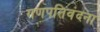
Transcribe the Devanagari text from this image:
गणपतिवंदना